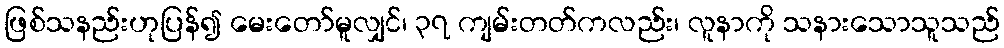
ဖြစ်သနည်းဟုပြန်၍ မေးတော်မူလျှင်၊ ၃၇ ကျမ်းတတ်ကလည်း၊ လူနာကို သနားသောသူသည်